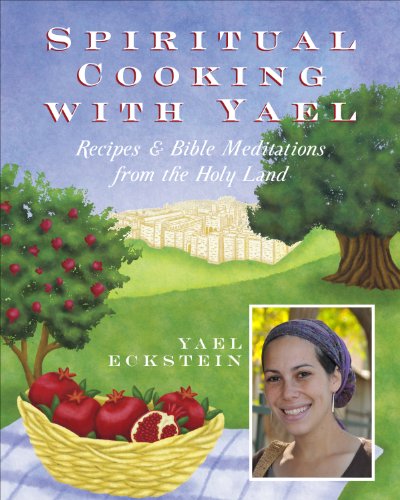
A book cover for Spiritual Cooking with Yael; Yael Eckstein; Cookbooks, Food & Wine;